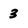
Character: 3